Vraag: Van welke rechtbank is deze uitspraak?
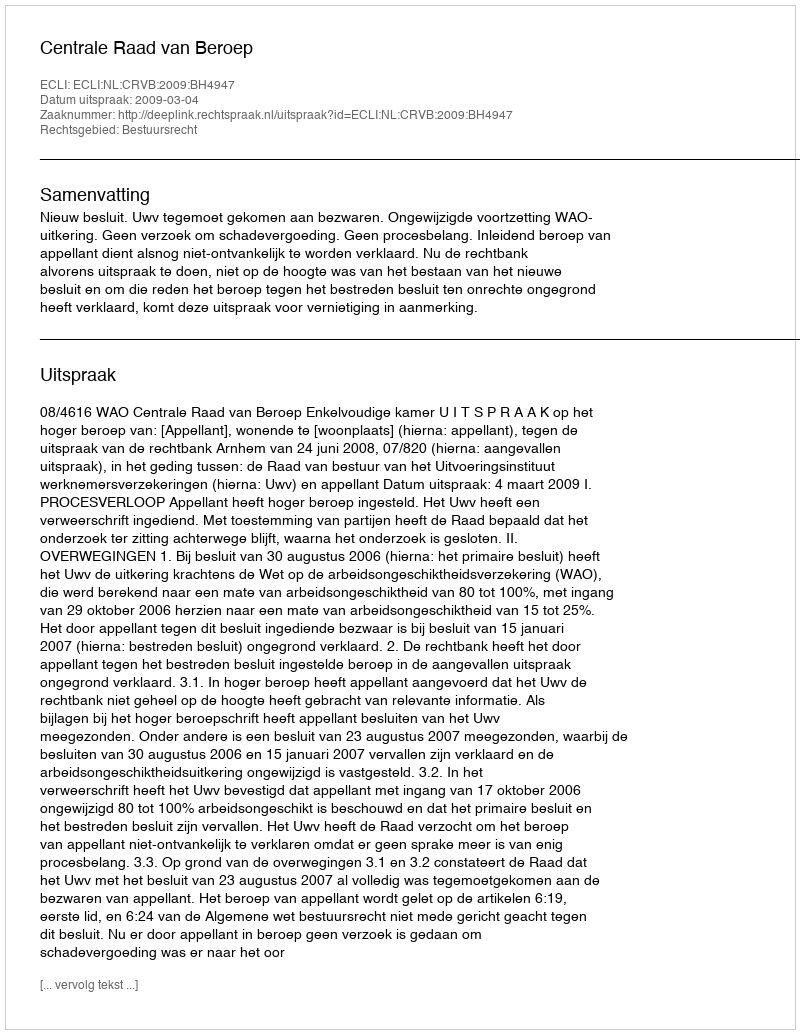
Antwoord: Centrale Raad van Beroep